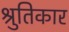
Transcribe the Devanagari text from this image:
श्रुतिकार